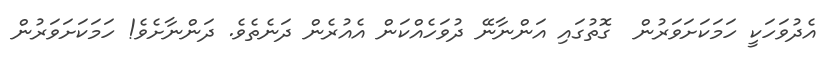
އެދުވަހަކީ ހަމަކަށަވަރުން  ގޮތުގައި އަންނާނޭ ދުވަހެއްކަން އެއުރެން ދަނެތެވެ. ދަންނާށެވެ! ހަމަކަށަވަރުން